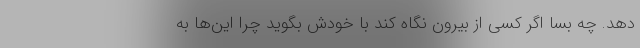
دهد. چه بسا اگر کسی از بیرون نگاه کند با خودش بگوید چرا این‌ها به